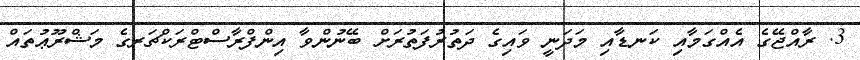
3. ރާއްޖޭގެ އެއްގަމާއި ކަނޑާއި މަދަނީ ވައިގެ ދަތުރުފަތުރަށް ބޭނުންވާ އިންފްރާސްޓްރަކްޗަރގެ މަޝްރޫޢުތައް